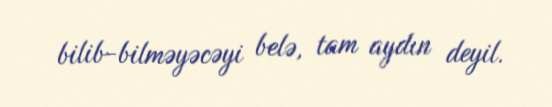
bilib-bilməyəcəyi belə, tam aydın deyil.